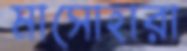
মাসোহারা